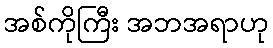
အစ်ကိုကြီး အဘအရာဟု